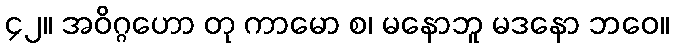
၄၂။ အဝိဂ္ဂဟော တု ကာမော စ၊ မနောဘူ မဒနော ဘဝေ။